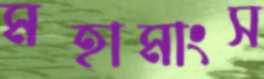
মহামাংস